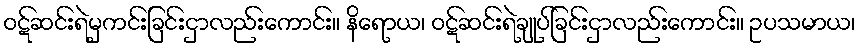
ဝဋ်ဆင်းရဲမှကင်းခြင်းငှာလည်းကောင်း။ နိရောယ၊ ဝဋ်ဆင်းရဲချုပ်ခြင်းငှာလည်းကောင်း။ ဥပသမာယ၊